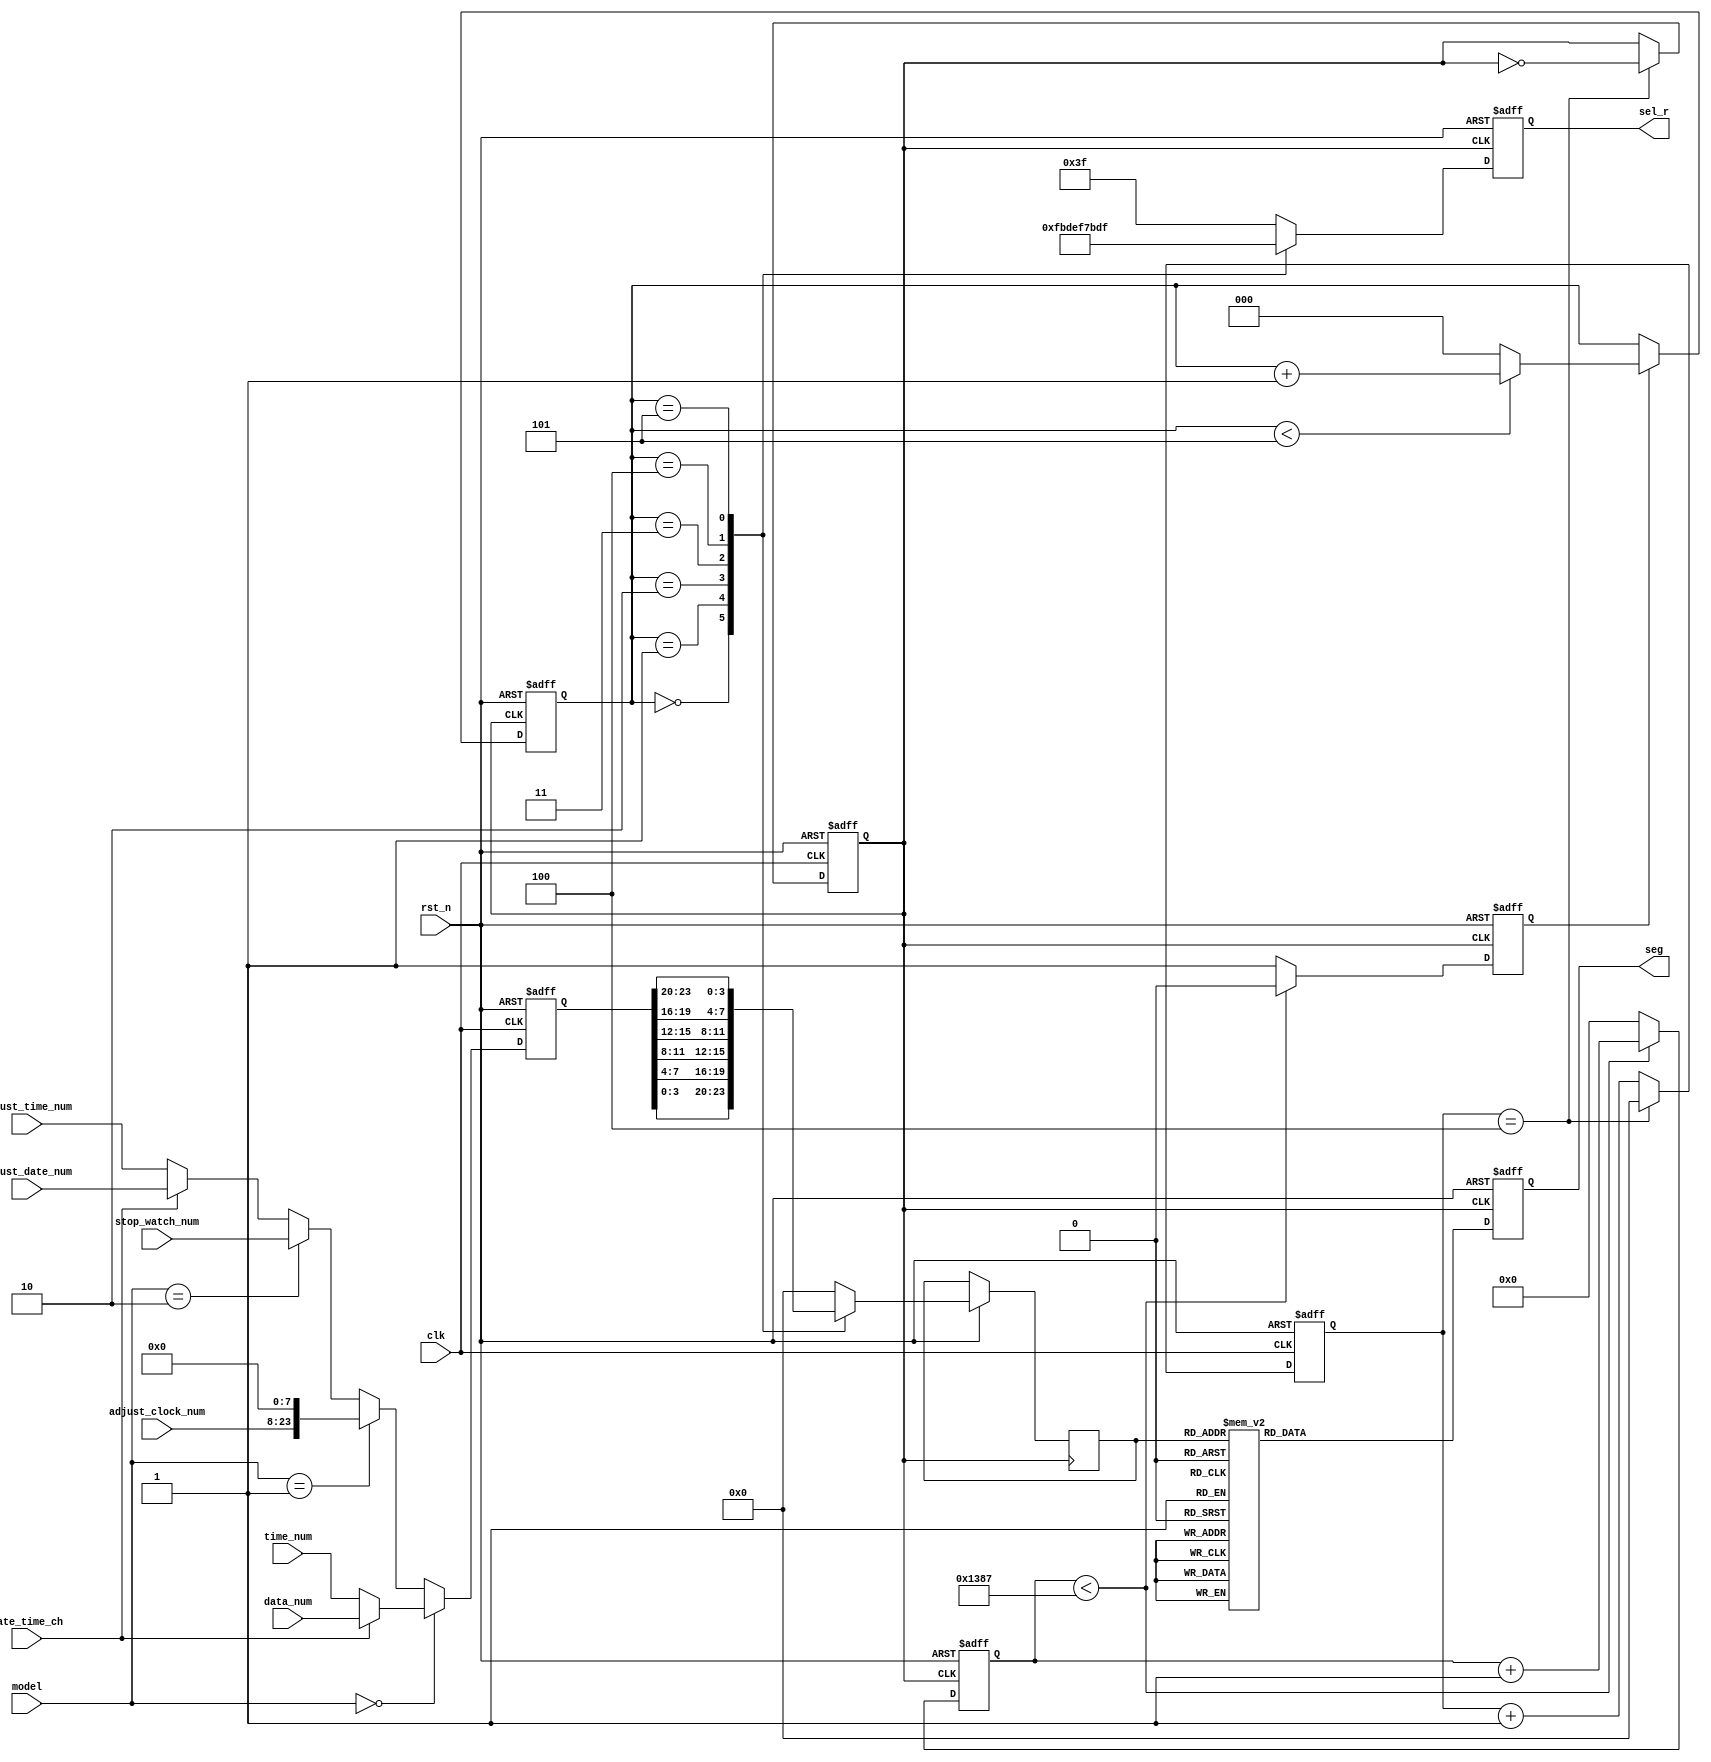
//-----------------------------------------------------------------------------------------
module led_seg7_display(  
    input clk,
    input rst_n,
    input [1:0] model,
    input date_time_ch,           // /    
    input [23:0] time_num,        // 
    input [23:0] data_num,        // 
    input [23:0] adjust_time_num, // 
    input [23:0] adjust_date_num, //     
    input [15:0] adjust_clock_num,// 
    input [23:0] stop_watch_num,  // 

    output reg	[5:0] sel_r,             // 
	 output reg [7:0] seg          //  
);

//---------------------------------------------  -------------------------------------------------------------------------------   
    reg [23:0] show_num;
    
    always@(posedge clk, negedge rst_n) begin
        if(!rst_n)
            show_num <= 24'h0;
        else begin
            if(model == 2'b00) begin      //
                if(!date_time_ch)          //
                    show_num <= time_num;
                else                      //
                    show_num <= data_num;
            end 
            else if(model == 2'b01)       //
                show_num <= {adjust_clock_num, 8'b00000000};  //
            else if(model == 2'b10)       //
                show_num <= stop_watch_num;
            else begin                    //
                if(!date_time_ch)         //
                    show_num <= adjust_time_num;
                else                      //
                    show_num <= adjust_date_num;
            end
        end 
    end
//---------------------------------------------  ----------------------------------------------------------------------------------                
  reg clk_1ms;  //1ms
  reg    [ 3:0]             clk_cnt  ;        //  
  localparam  CLK_DIVIDE = 4'd10     ;        // 
    
//105MHzclk_1ms   50/10=5Mhz
always @(posedge clk or negedge rst_n) begin
   if(!rst_n) begin
       clk_cnt <= 4'd0;
       clk_1ms <= 1'b1;
   end
   else if(clk_cnt == CLK_DIVIDE/2 - 1'd1) begin
       clk_cnt <= 4'd0;
       clk_1ms <= ~clk_1ms;
   end
   else begin
       clk_cnt <= clk_cnt + 1'b1;
       clk_1ms <= clk_1ms;
   end
end

    reg [3:0] data_tmp; //

	 reg    [12:0]             cnt0     ;        // 
	 reg                       flag     ;        // cnt01ms
	 reg    [2:0]              cnt_sel  ;        // 
	 
	 localparam  MAX_NUM    = 13'd5000  ;        // (5MHz)1ms
	 
//1ms
always @ (posedge clk_1ms or negedge rst_n) begin
    if (rst_n == 1'b0) begin
        cnt0 <= 13'b0;
        flag <= 1'b0;
     end
    else if (cnt0 < MAX_NUM - 1'b1) begin
        cnt0 <= cnt0 + 1'b1;
        flag <= 1'b0;
     end
    else begin
        cnt0 <= 13'b0;
        flag <= 1'b1;
     end
end

//cnt_sel05
always @ (posedge clk_1ms or negedge rst_n) begin
    if (rst_n == 1'b0)
        cnt_sel <= 3'b0;
    else if(flag) begin
        if(cnt_sel < 3'd5)
            cnt_sel <= cnt_sel + 1'b1;
        else
            cnt_sel <= 3'b0;
    end
    else
        cnt_sel <= cnt_sel;
end


always @ (posedge clk_1ms or negedge rst_n) begin
    if(!rst_n) begin
        sel_r  <= 6'b111111;              //
       // show_num <= 4'b0;           
    end
		else begin	 
			 case (cnt_sel)
                3'd0 :begin
                    sel_r  <= 6'b111110;  //
                    data_tmp <= show_num[3:0] ;  //
                    
                end
                3'd1 :begin
                    sel_r  <= 6'b111101;  //1
                    data_tmp <= show_num[7:4] ;
                    
                end
                3'd2 :begin
                    sel_r  <= 6'b111011;  //2
                    data_tmp <= show_num[11:8];
                    
                end
                3'd3 :begin
                    sel_r  <= 6'b110111;  //3
                    data_tmp <= show_num[15:12];
                    
                end
                3'd4 :begin
                    sel_r  <= 6'b101111;  //4
                    data_tmp <= show_num[19:16];
                    
                end
                3'd5 :begin
                    sel_r  <= 6'b011111;  //
                    data_tmp <= show_num[23:20];
                    
                end
                default :begin
                    sel_r  <= 6'b111111;
                    data_tmp <= 4'b0;
                    
                end
            endcase
        end
end

//
always @ (posedge clk_1ms or negedge rst_n) begin
			if (!rst_n)
		
				seg <= 8'hc0;
		
			else begin
					case (data_tmp)
							4'd0 : seg <= 7'b1000000; // 0
							4'd1 : seg <= 7'b1111001; // 1
							4'd2 : seg <= 7'b0100100; // 2
							4'd3 : seg <= 7'b0110000; // 3
							4'd4 : seg <= 7'b0011001; // 4
							4'd5 : seg <= 7'b0010010; // 5
							4'd6 : seg <= 7'b0000010; // 6
							4'd7 : seg <= 7'b1111000; // 7
							4'd8 : seg <= 7'b0000000; // 8
							4'd9 : seg <= 7'b0010000; // 9
							4'd10: seg <= 8'b11111111;           //
							4'd11: seg <= 8'b10111111;           //(-)
							default: 
                   seg <= 7'b1000000;
					endcase
				end

end
endmodule